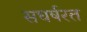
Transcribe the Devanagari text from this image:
सघर्षरत